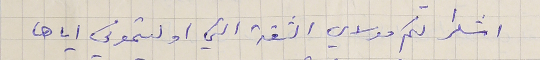
اشكر لكم مولاي الثقة التي اوليتموني اياها